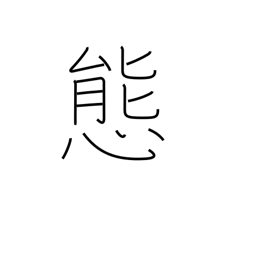
Meaning: attitude